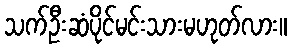
သက်ဦးဆံပိုင်မင်းသားမဟုတ်လား။